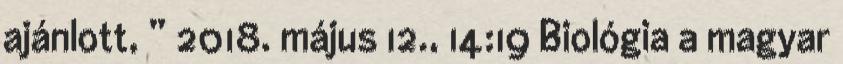
ajánlott, ” 2018. május 12., 14:19 ‎Biológia a magyar